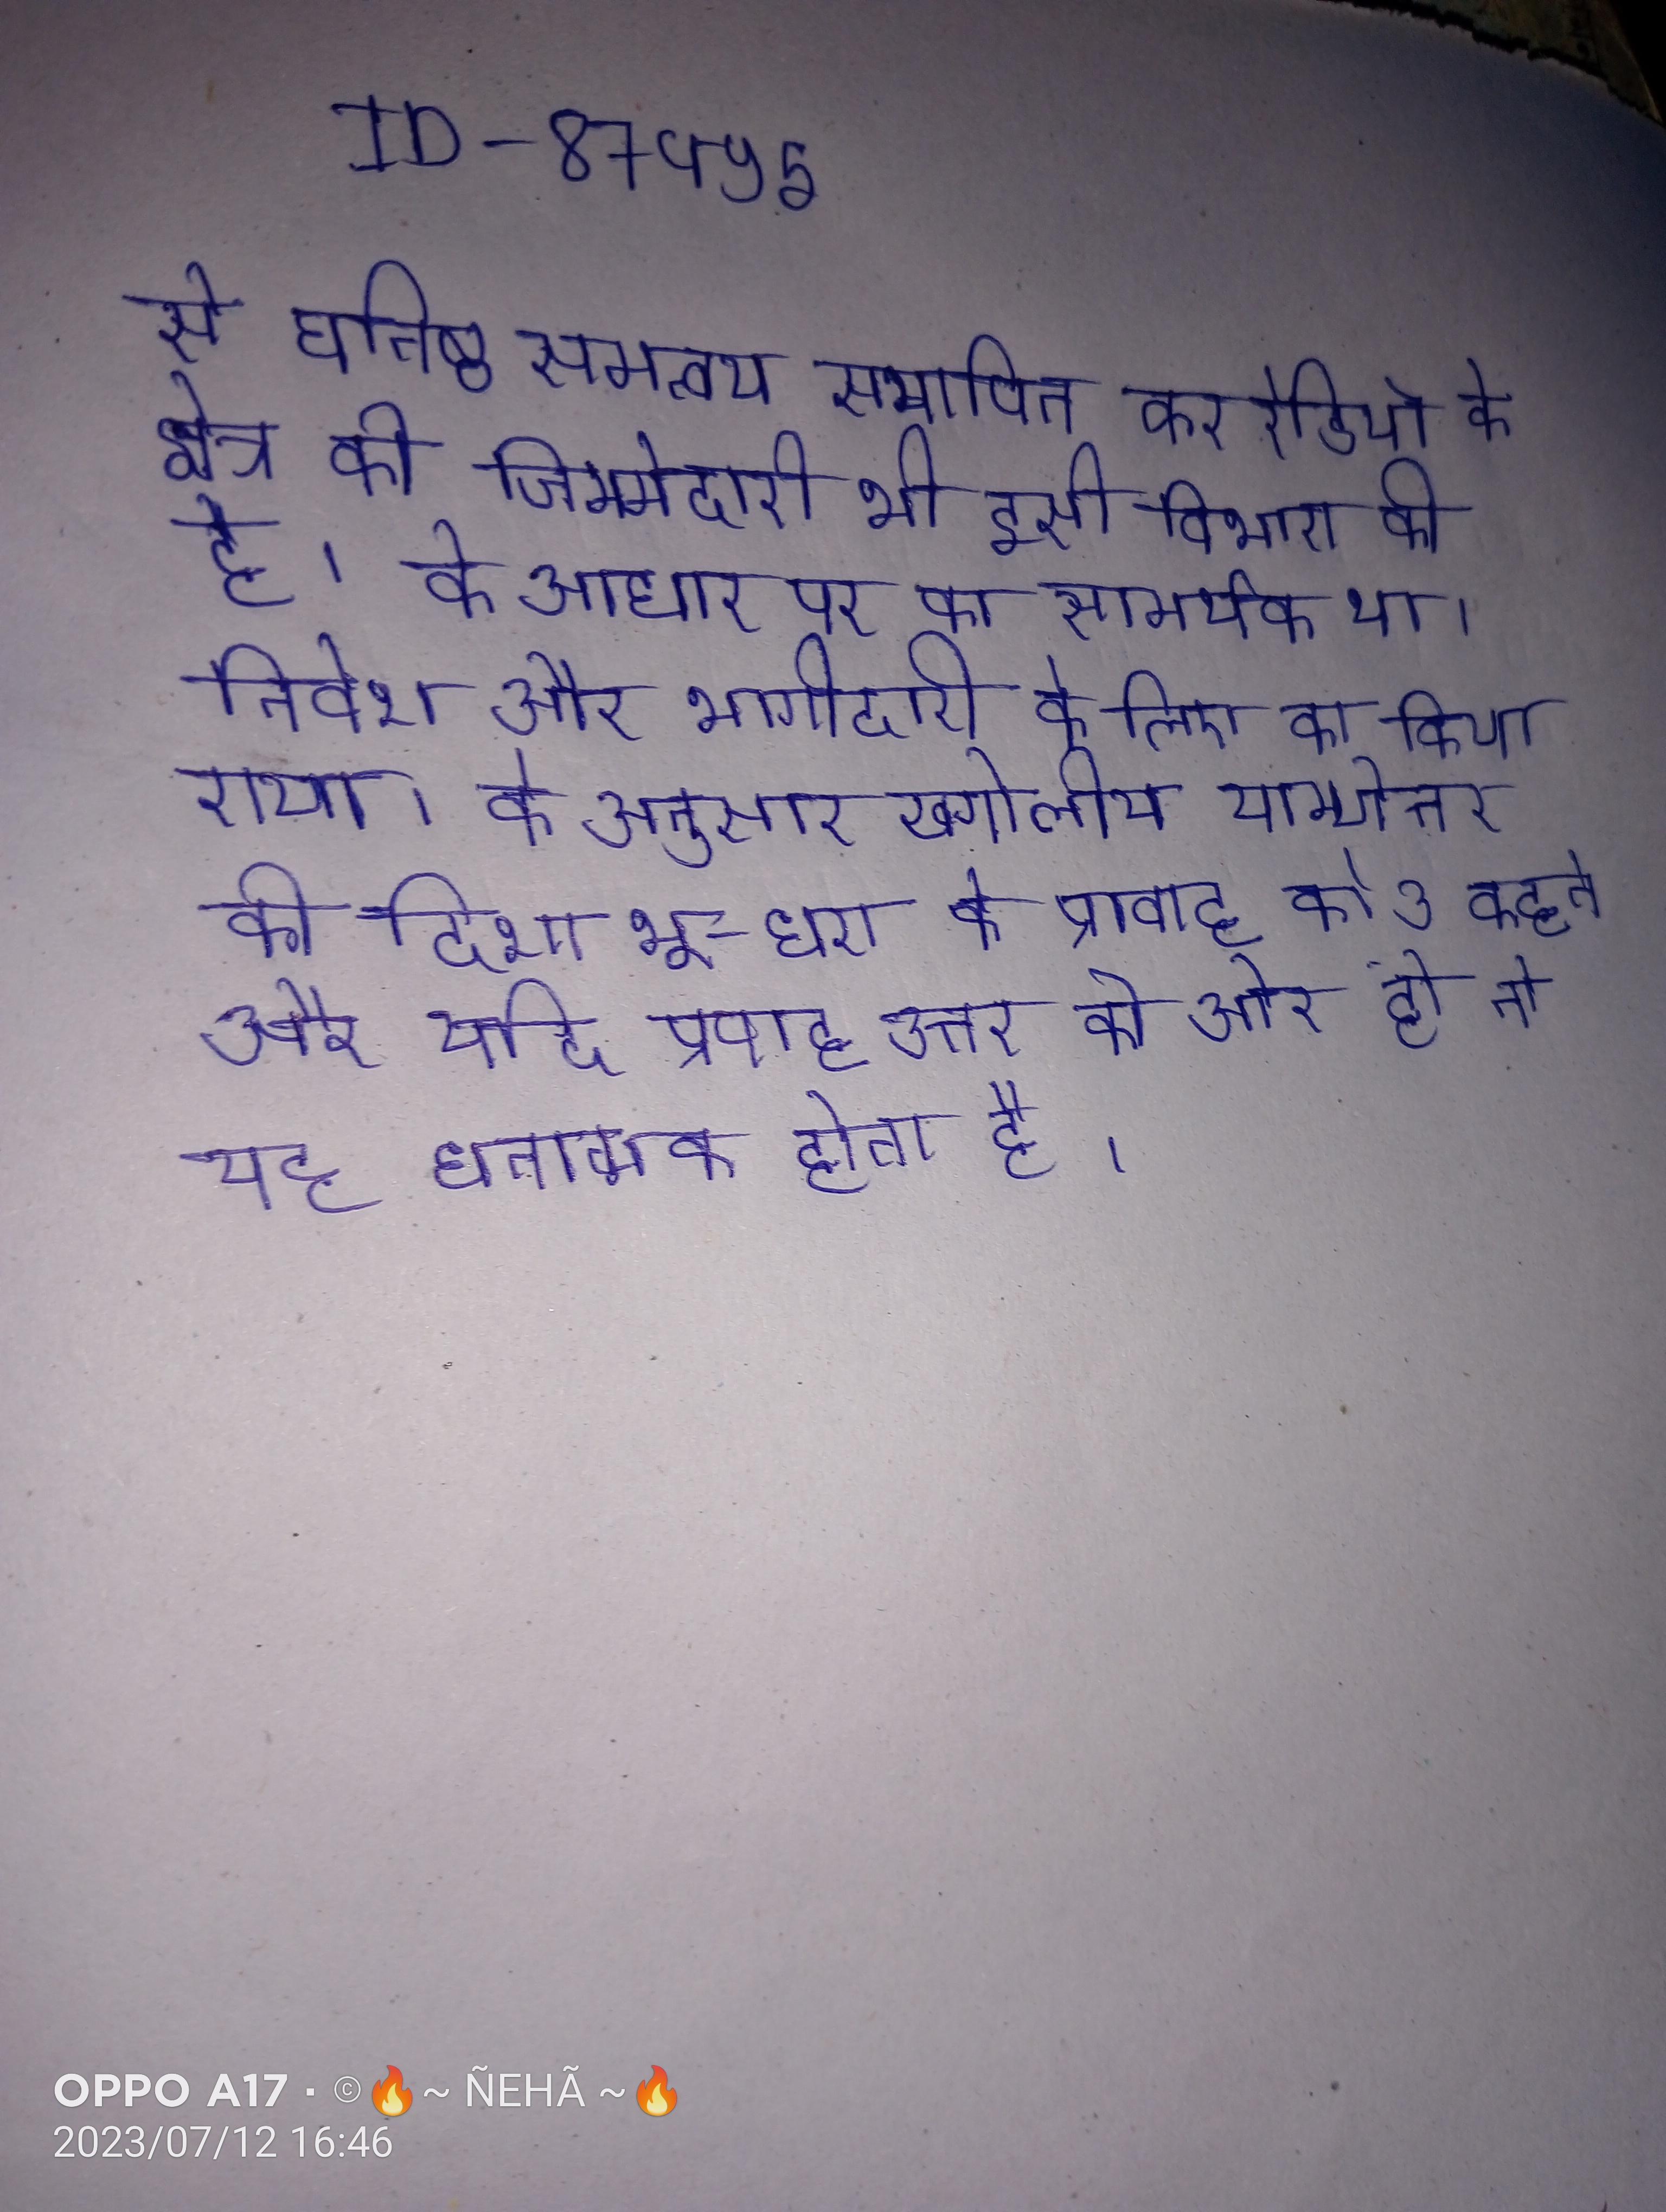
से घनिष्ठ समन्वय स्थापित कर रेडियो के क्षेत्र की जिम्मेदारी भी इसी विभाग की है । के आधार पर का समर्थक था । निवेश और भागीदारी के लिए का किया गया । के अनुसार खगोलीय याम्योत्तर की दिशा भू-धारा के प्रवाह को उ कहते और यदि प्रवाह उत्तर की ओर हो तो यह धनात्मक होता है ।